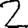
Digit: 2